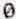
0